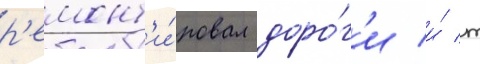
р'емонт'и́ровал доро́г'и и́ т